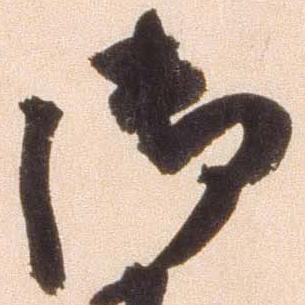
御